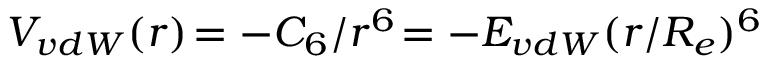
V _ { v d W } ( r ) \! = - C _ { 6 } / r ^ { 6 } \! = - E _ { v d W } ( r / R _ { e } ) ^ { 6 }